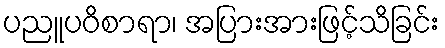
ပညူပဝိစာရာ၊ အပြားအားဖြင့်သိခြင်း